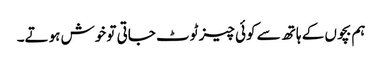
ہم بچوں کے ہاتھ سے کوئی چیز ٹوٹ جاتی تو خوش ہوتے۔